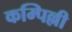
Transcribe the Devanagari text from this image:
कम्पिल्ली